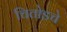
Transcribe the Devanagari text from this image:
चितोडचे